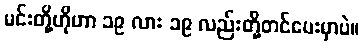
မင်းတို့ဟိုဟာ ၁၉ လား ၁၉ လည်းတို့တင်ပေးမှာပဲ။